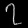
Digit: ၇